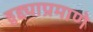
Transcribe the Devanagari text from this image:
हुद्द्याप्रमाणे